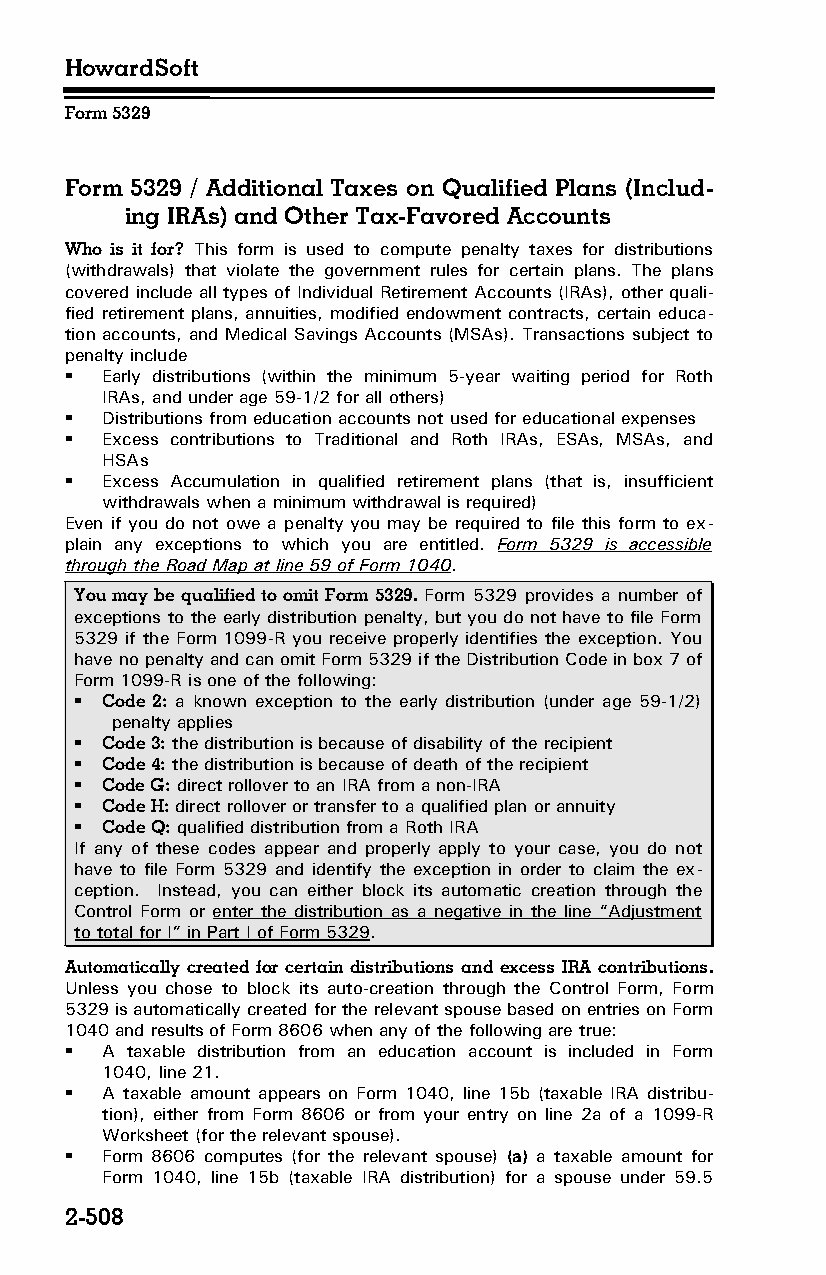
HowardSoft
 Form 5329
 Form 5329 / Additional Taxes on Qualified Plans (Includ­
 ing IRAs) and Other Tax-Favored Accounts
 Who is it for? This form is used to compute penalty taxes for distributions
 (withdrawals) that violate the government rules for certain plans. The plans
 covered include all types of Individual Retirement Accounts (IRAs), other quali­
 fied retirement plans, annuities, modified endowment contracts, certain educa­
 tion accounts, and Medical Savings Accounts (MSAs). Transactions subject to
 penalty include
   Early distributions (within the minimum 5-year waiting period for Roth
 IRAs, and under age 59-1/2 for all others)
   Distributions from education accounts not used for educational expenses
   Excess contributions to Traditional and Roth IRAs, ESAs, MSAs, and
 HSAs
   Excess Accumulation in qualified retirement plans (that is, insufficient
 withdrawals when a minimum withdrawal is required)
 Even if you do not owe a penalty you may be required to file this form to ex­
 plain any exceptions to which you are entitled. Form 5329 is accessible
 through the Road Map at line 59 of Form 1040.
 You may be qualified to omit Form 5329. Form 5329 provides a number of
 exceptions to the early distribution penalty, but you do not have to file Form
 5329 if the Form 1099-R you receive properly identifies the exception. You
 have no penalty and can omit Form 5329 if the Distribution Code in box 7 of
 Form 1099-R is one of the following:
  Code 2: a known exception to the early distribution (under age 59-1/2)
 penalty applies
  Code 3: the distribution is because of disability of the recipient
  Code 4: the distribution is because of death of the recipient
  Code G: direct rollover to an IRA from a non-IRA
  Code H: direct rollover or transfer to a qualified plan or annuity
  Code Q: qualified distribution from a Roth IRA
 If any of these codes appear and properly apply to your case, you do not
 have to file Form 5329 and identify the exception in order to claim the ex­
 ception. Instead, you can either block its automatic creation through the
 Control Form or enter the distribution as a negative in the line “Adjustment
 to total for I” in Part I of Form 5329.
 Automatically created for certain distributions and excess IRA contributions.
 Unless you chose to block its auto-creation through the Control Form, Form
 5329 is automatically created for the relevant spouse based on entries on Form
 1040 and results of Form 8606 when any of the following are true:
   A taxable distribution from an education account is included in Form
 1040, line 21.
   A taxable amount appears on Form 1040, line 15b (taxable IRA distribu­
 tion), either from Form 8606 or from your entry on line 2a of a 1099-R
 Worksheet (for the relevant spouse).
   Form 8606 computes (for the relevant spouse) (a) a taxable amount for
 Form 1040, line 15b (taxable IRA distribution) for a spouse under 59.5
 2-508